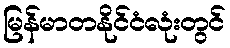
မြန်မာတနိုင်ငံလုံးတွင်